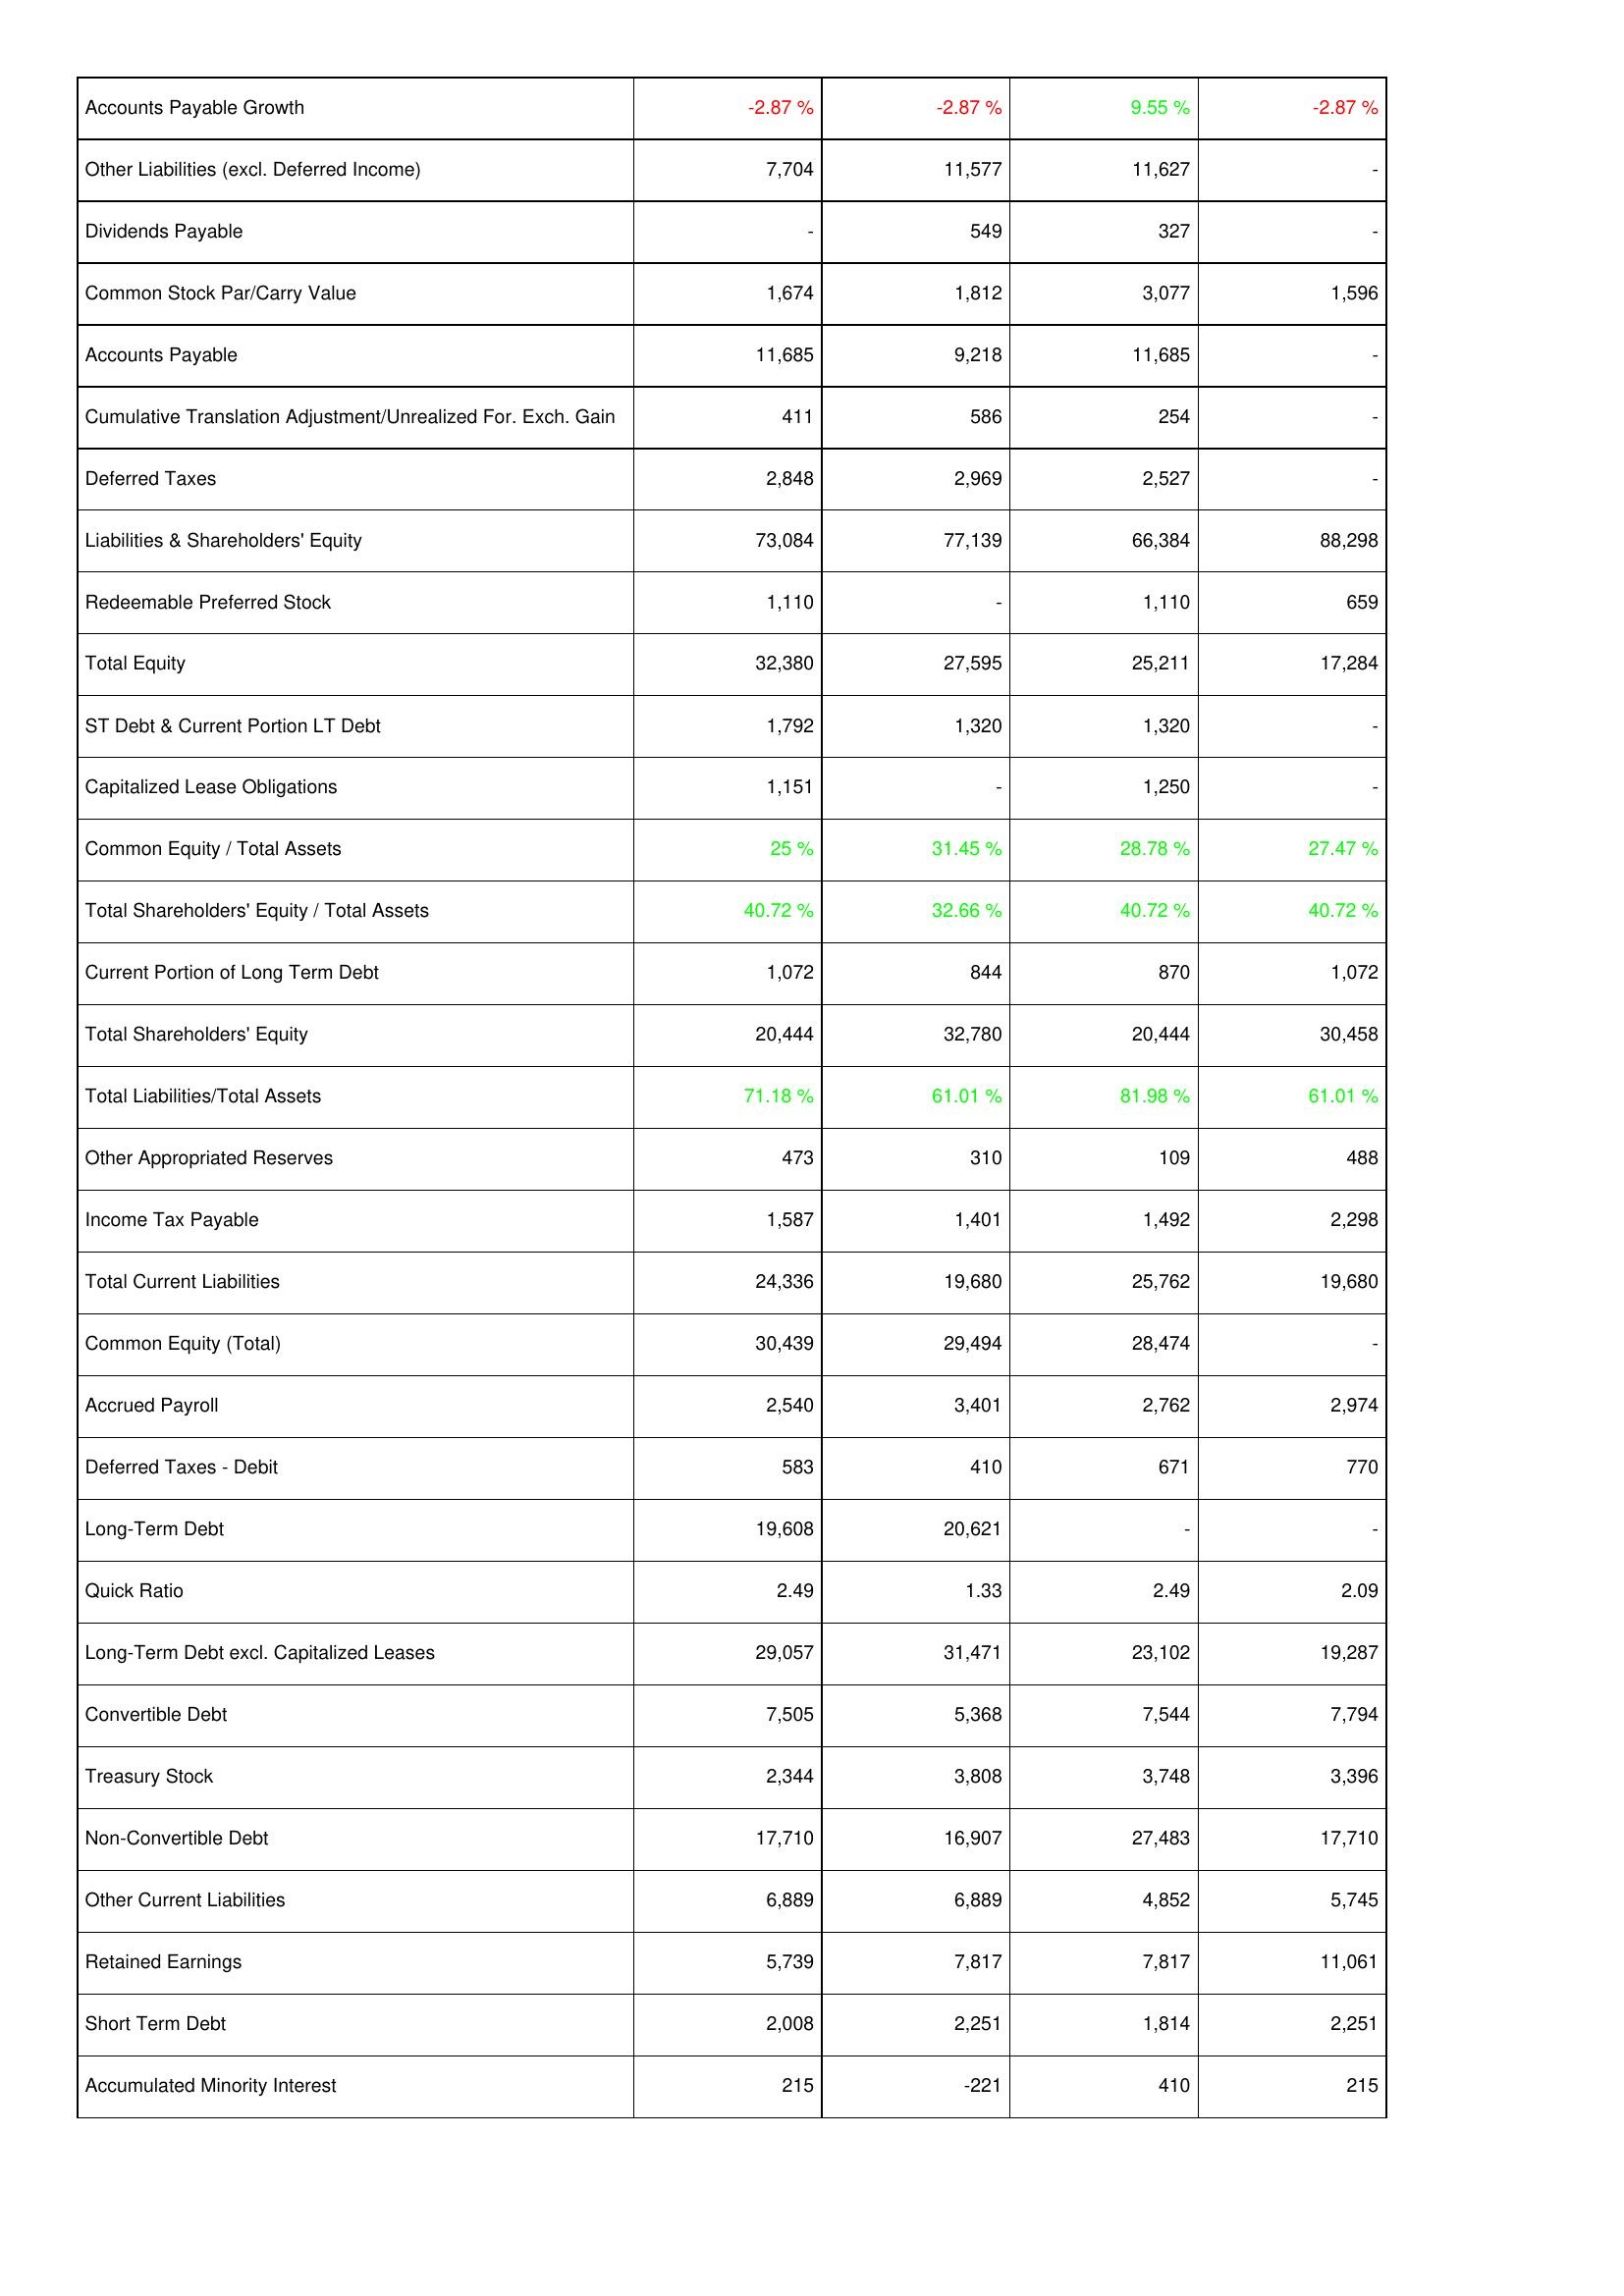
2014: Liabilities & Shareholders' Equity: Accounts Payable Growth: -2.87 %
Other Liabilities (excl. Deferred Income): 7,704
Dividends Payable: -
Common Stock Par/Carry Value: 1,674
Accounts Payable: 11,685
Cumulative Translation Adjustment/Unrealized For. Exch. Gain: 411
Deferred Taxes: 2,848
Liabilities & Shareholders' Equity: 73,084
Redeemable Preferred Stock: 1,110
Total Equity: 32,380
ST Debt & Current Portion LT Debt: 1,792
Capitalized Lease Obligations: 1,151
Common Equity / Total Assets: 25 %
Total Shareholders' Equity / Total Assets: 40.72 %
Current Portion of Long Term Debt: 1,072
Total Shareholders' Equity: 20,444
Total Liabilities/Total Assets: 71.18 %
Other Appropriated Reserves: 473
Income Tax Payable: 1,587
Total Current Liabilities: 24,336
Common Equity (Total): 30,439
Accrued Payroll: 2,540
Deferred Taxes - Debit: 583
Long-Term Debt: 19,608
Quick Ratio: 2.49
Long-Term Debt excl. Capitalized Leases: 29,057
Convertible Debt: 7,505
Treasury Stock: 2,344
Non-Convertible Debt: 17,710
Other Current Liabilities: 6,889
Retained Earnings: 5,739
Short Term Debt: 2,008
Accumulated Minority Interest: 215
2015: Liabilities & Shareholders' Equity: Accounts Payable Growth: -2.87 %
Other Liabilities (excl. Deferred Income): 11,577
Dividends Payable: 549
Common Stock Par/Carry Value: 1,812
Accounts Payable: 9,218
Cumulative Translation Adjustment/Unrealized For. Exch. Gain: 586
Deferred Taxes: 2,969
Liabilities & Shareholders' Equity: 77,139
Redeemable Preferred Stock: -
Total Equity: 27,595
ST Debt & Current Portion LT Debt: 1,320
Capitalized Lease Obligations: -
Common Equity / Total Assets: 31.45 %
Total Shareholders' Equity / Total Assets: 32.66 %
Current Portion of Long Term Debt: 844
Total Shareholders' Equity: 32,780
Total Liabilities/Total Assets: 61.01 %
Other Appropriated Reserves: 310
Income Tax Payable: 1,401
Total Current Liabilities: 19,680
Common Equity (Total): 29,494
Accrued Payroll: 3,401
Deferred Taxes - Debit: 410
Long-Term Debt: 20,621
Quick Ratio: 1.33
Long-Term Debt excl. Capitalized Leases: 31,471
Convertible Debt: 5,368
Treasury Stock: 3,808
Non-Convertible Debt: 16,907
Other Current Liabilities: 6,889
Retained Earnings: 7,817
Short Term Debt: 2,251
Accumulated Minority Interest: -221
2016: Liabilities & Shareholders' Equity: Accounts Payable Growth: 9.55 %
Other Liabilities (excl. Deferred Income): 11,627
Dividends Payable: 327
Common Stock Par/Carry Value: 3,077
Accounts Payable: 11,685
Cumulative Translation Adjustment/Unrealized For. Exch. Gain: 254
Deferred Taxes: 2,527
Liabilities & Shareholders' Equity: 66,384
Redeemable Preferred Stock: 1,110
Total Equity: 25,211
ST Debt & Current Portion LT Debt: 1,320
Capitalized Lease Obligations: 1,250
Common Equity / Total Assets: 28.78 %
Total Shareholders' Equity / Total Assets: 40.72 %
Current Portion of Long Term Debt: 870
Total Shareholders' Equity: 20,444
Total Liabilities/Total Assets: 81.98 %
Other Appropriated Reserves: 109
Income Tax Payable: 1,492
Total Current Liabilities: 25,762
Common Equity (Total): 28,474
Accrued Payroll: 2,762
Deferred Taxes - Debit: 671
Long-Term Debt: -
Quick Ratio: 2.49
Long-Term Debt excl. Capitalized Leases: 23,102
Convertible Debt: 7,544
Treasury Stock: 3,748
Non-Convertible Debt: 27,483
Other Current Liabilities: 4,852
Retained Earnings: 7,817
Short Term Debt: 1,814
Accumulated Minority Interest: 410
2017: Liabilities & Shareholders' Equity: Accounts Payable Growth: -2.87 %
Other Liabilities (excl. Deferred Income): -
Dividends Payable: -
Common Stock Par/Carry Value: 1,596
Accounts Payable: -
Cumulative Translation Adjustment/Unrealized For. Exch. Gain: -
Deferred Taxes: -
Liabilities & Shareholders' Equity: 88,298
Redeemable Preferred Stock: 659
Total Equity: 17,284
ST Debt & Current Portion LT Debt: -
Capitalized Lease Obligations: -
Common Equity / Total Assets: 27.47 %
Total Shareholders' Equity / Total Assets: 40.72 %
Current Portion of Long Term Debt: 1,072
Total Shareholders' Equity: 30,458
Total Liabilities/Total Assets: 61.01 %
Other Appropriated Reserves: 488
Income Tax Payable: 2,298
Total Current Liabilities: 19,680
Common Equity (Total): -
Accrued Payroll: 2,974
Deferred Taxes - Debit: 770
Long-Term Debt: -
Quick Ratio: 2.09
Long-Term Debt excl. Capitalized Leases: 19,287
Convertible Debt: 7,794
Treasury Stock: 3,396
Non-Convertible Debt: 17,710
Other Current Liabilities: 5,745
Retained Earnings: 11,061
Short Term Debt: 2,251
Accumulated Minority Interest: 215